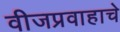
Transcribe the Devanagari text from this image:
वीजप्रवाहाचे